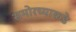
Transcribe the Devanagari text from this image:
समोरच्याकडे